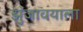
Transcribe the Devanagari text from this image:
झुंजावयाला